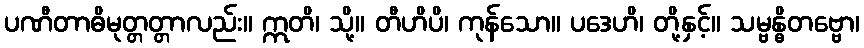
ပဏီတာဓိမုတ္တတ္တာလည်း။ ဣတိ၊ သို့။ တီဟိပိ၊ ကုန်သော။ ပဒေဟိ၊ တို့နှင့်။ သမ္ဗန္ဓိတဗ္ဗော၊